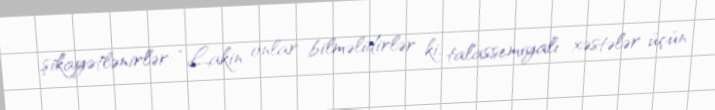
şikayətlənirlər: “Lakin onlar bilməlidirlər ki, talassemiyalı xəstələr üçün